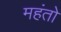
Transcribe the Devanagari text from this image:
महंतो